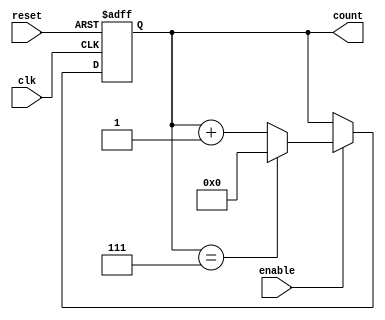
module async_counter #(
    parameter N = 8  // Maximum count value (N must be a power of 2)
)(
    input wire clk,           // Clock signal
    input wire reset,         // Asynchronous reset
    input wire enable,        // Enable signal
    output reg [N-1:0] count  // Counter output
);

    // Always block triggered on the clock edge
    always @(posedge clk or posedge reset) begin
        if (reset) begin
            count <= 0;  // Reset the counter to 0
        end else if (enable) begin
            if (count == (N - 1)) begin
                count <= 0;  // Wrap around to 0
            end else begin
                count <= count + 1;  // Increment the counter
            end
        end
    end

endmodule